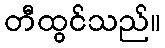
တီထွင်သည်။